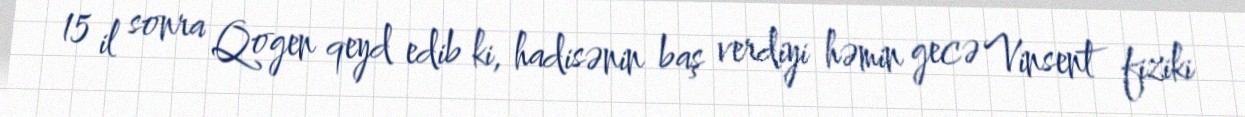
15 il sonra Qogen qeyd edib ki, hadisənin baş verdiyi həmin gecə Vinsent fiziki